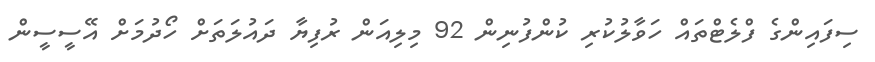
ސިފައިންގެ ފްލެޓްތައް ހަވާލުކުރި ކުންފުނިން 92 މިލިއަން ރުފިޔާ ދައުލަތަށް ހޯދުމަށް އޭސީސީން